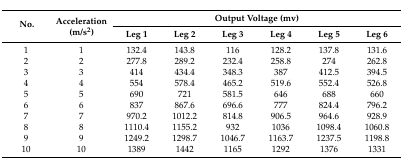
| <ROWSPAN=2> No. | <ROWSPAN=2> Acceleration (m/s2) | <COLSPAN=6> Output Voltage (mv) |
 | Leg 1 | Leg 2 | Leg 3 | Leg 4 | Leg 5 | Leg 6 |
 | --- | --- | --- | --- | --- | --- | --- | --- |
 | 1 | 1 | 132.4 | 143.8 | 116 | 128.2 | 137.8 | 131.6 |
 | 2 | 2 | 277.8 | 289.2 | 232.4 | 258.8 | 274 | 262.8 |
 | 3 | 3 | 414 | 434.4 | 348.3 | 387 | 412.5 | 394.5 |
 | 4 | 4 | 554 | 578.4 | 465.2 | 519.6 | 552.4 | 526.8 |
 | 5 | 5 | 690 | 721 | 581.5 | 646 | 688 | 660 |
 | 6 | 6 | 837 | 867.6 | 696.6 | 777 | 824.4 | 796.2 |
 | 7 | 7 | 970.2 | 1012.2 | 814.8 | 906.5 | 964.6 | 928.9 |
 | 8 | 8 | 1110.4 | 1155.2 | 932 | 1036 | 1098.4 | 1060.8 |
 | 9 | 9 | 1249.2 | 1298.7 | 1046.7 | 1163.7 | 1237.5 | 1198.8 |
 | 10 | 10 | 1389 | 1442 | 1165 | 1292 | 1376 | 1331 |